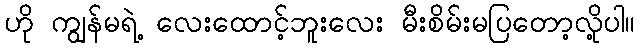
ဟို ကျွန်မရဲ့ လေးထောင့်ဘူးလေး မီးစိမ်းမပြတော့လို့ပါ။